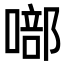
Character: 𭊘